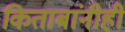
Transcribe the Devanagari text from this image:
किताबांनीही